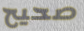
صحيح